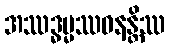
အဿဒ္ဓမ္မဿဝနန္တိဿ